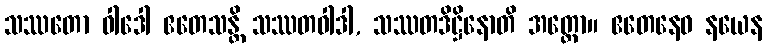
သဿတော ဝါဒေါ ဧတေသန္တိ သဿတဝါဒါ, သဿတဒိဋ္ဌိနောတိ အတ္ထော။ ဧတေနေဝ နယေန